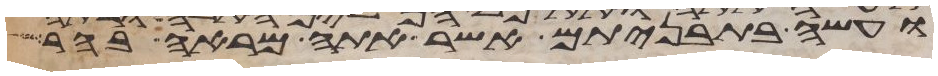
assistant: ועשה בתבניתם אשר אתה מראה בהר